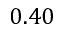
0 . 4 0